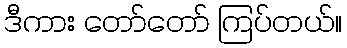
ဒီကား တော်တော် ကြပ်တယ်။